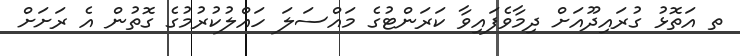
ތ އަތޮޅު ގުރައިދޫއަށް ދިމާވެފައިވާ ކަރަންޓުގެ މައްސަލަ ހައްލުކުރުމުގެ ގޮތުން އެ ރަށަށް